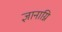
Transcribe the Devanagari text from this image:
ज्ञानाग्नि